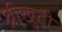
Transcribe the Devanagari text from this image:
श्रीखुटी